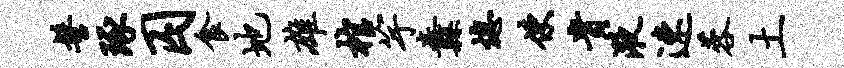
髻琢囚食地雄棺竽纛熄使贵液速蓉土